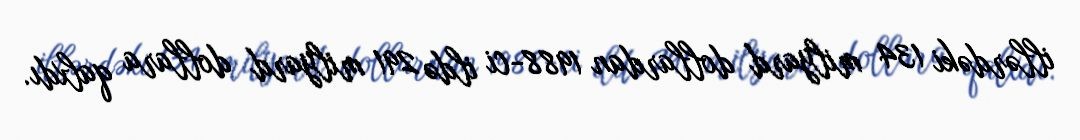
illərdəki 134 milyard dollardan 1988-ci ildə 291 milyard dollara qalxdı.